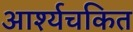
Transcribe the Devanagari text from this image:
आर्श्यचकित